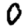
Digit: 0